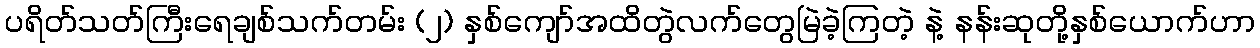
ပရိတ်သတ်ကြီးရေချစ်သက်တမ်း (၂) နှစ်ကျော်အထိတွဲလက်တွေမြဲခဲ့ကြတဲ့ နဲ့ နန်းဆုတို့နှစ်ယောက်ဟာ